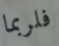
فلربما